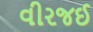
વીરજઈ